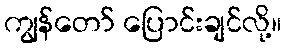
ကျွန်တော် ပြောင်းချင်လို့။